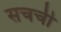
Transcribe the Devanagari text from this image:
सचची